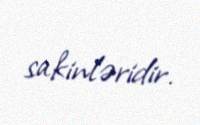
sakinləridir.